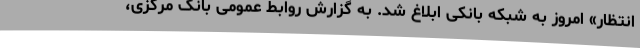
انتظار» امروز به شبکه بانکی ابلاغ شد. به گزارش روابط عمومی بانک مرکزی،